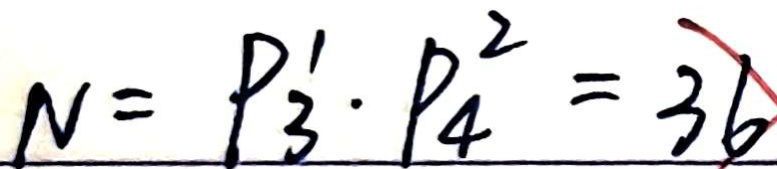
N = P _ { 3 } ^ { 1 } \cdot P _ { 4 } ^ { 2 } = 3 6